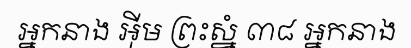
អ្នកនាង អ៊ីម ព្រះស្នំ ៣៨ អ្នកនាង